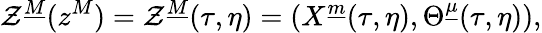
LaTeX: \mathcal{Z}^{\underline{{{M}}}}(z^{M})=\mathcal{Z}^{\underline{{{M}}}}(\tau,\eta)=\left(X^{\underline{{{m}}}}(\tau,\eta),\Theta^{\underline{{{\mu}}}}(\tau,\eta)\right),